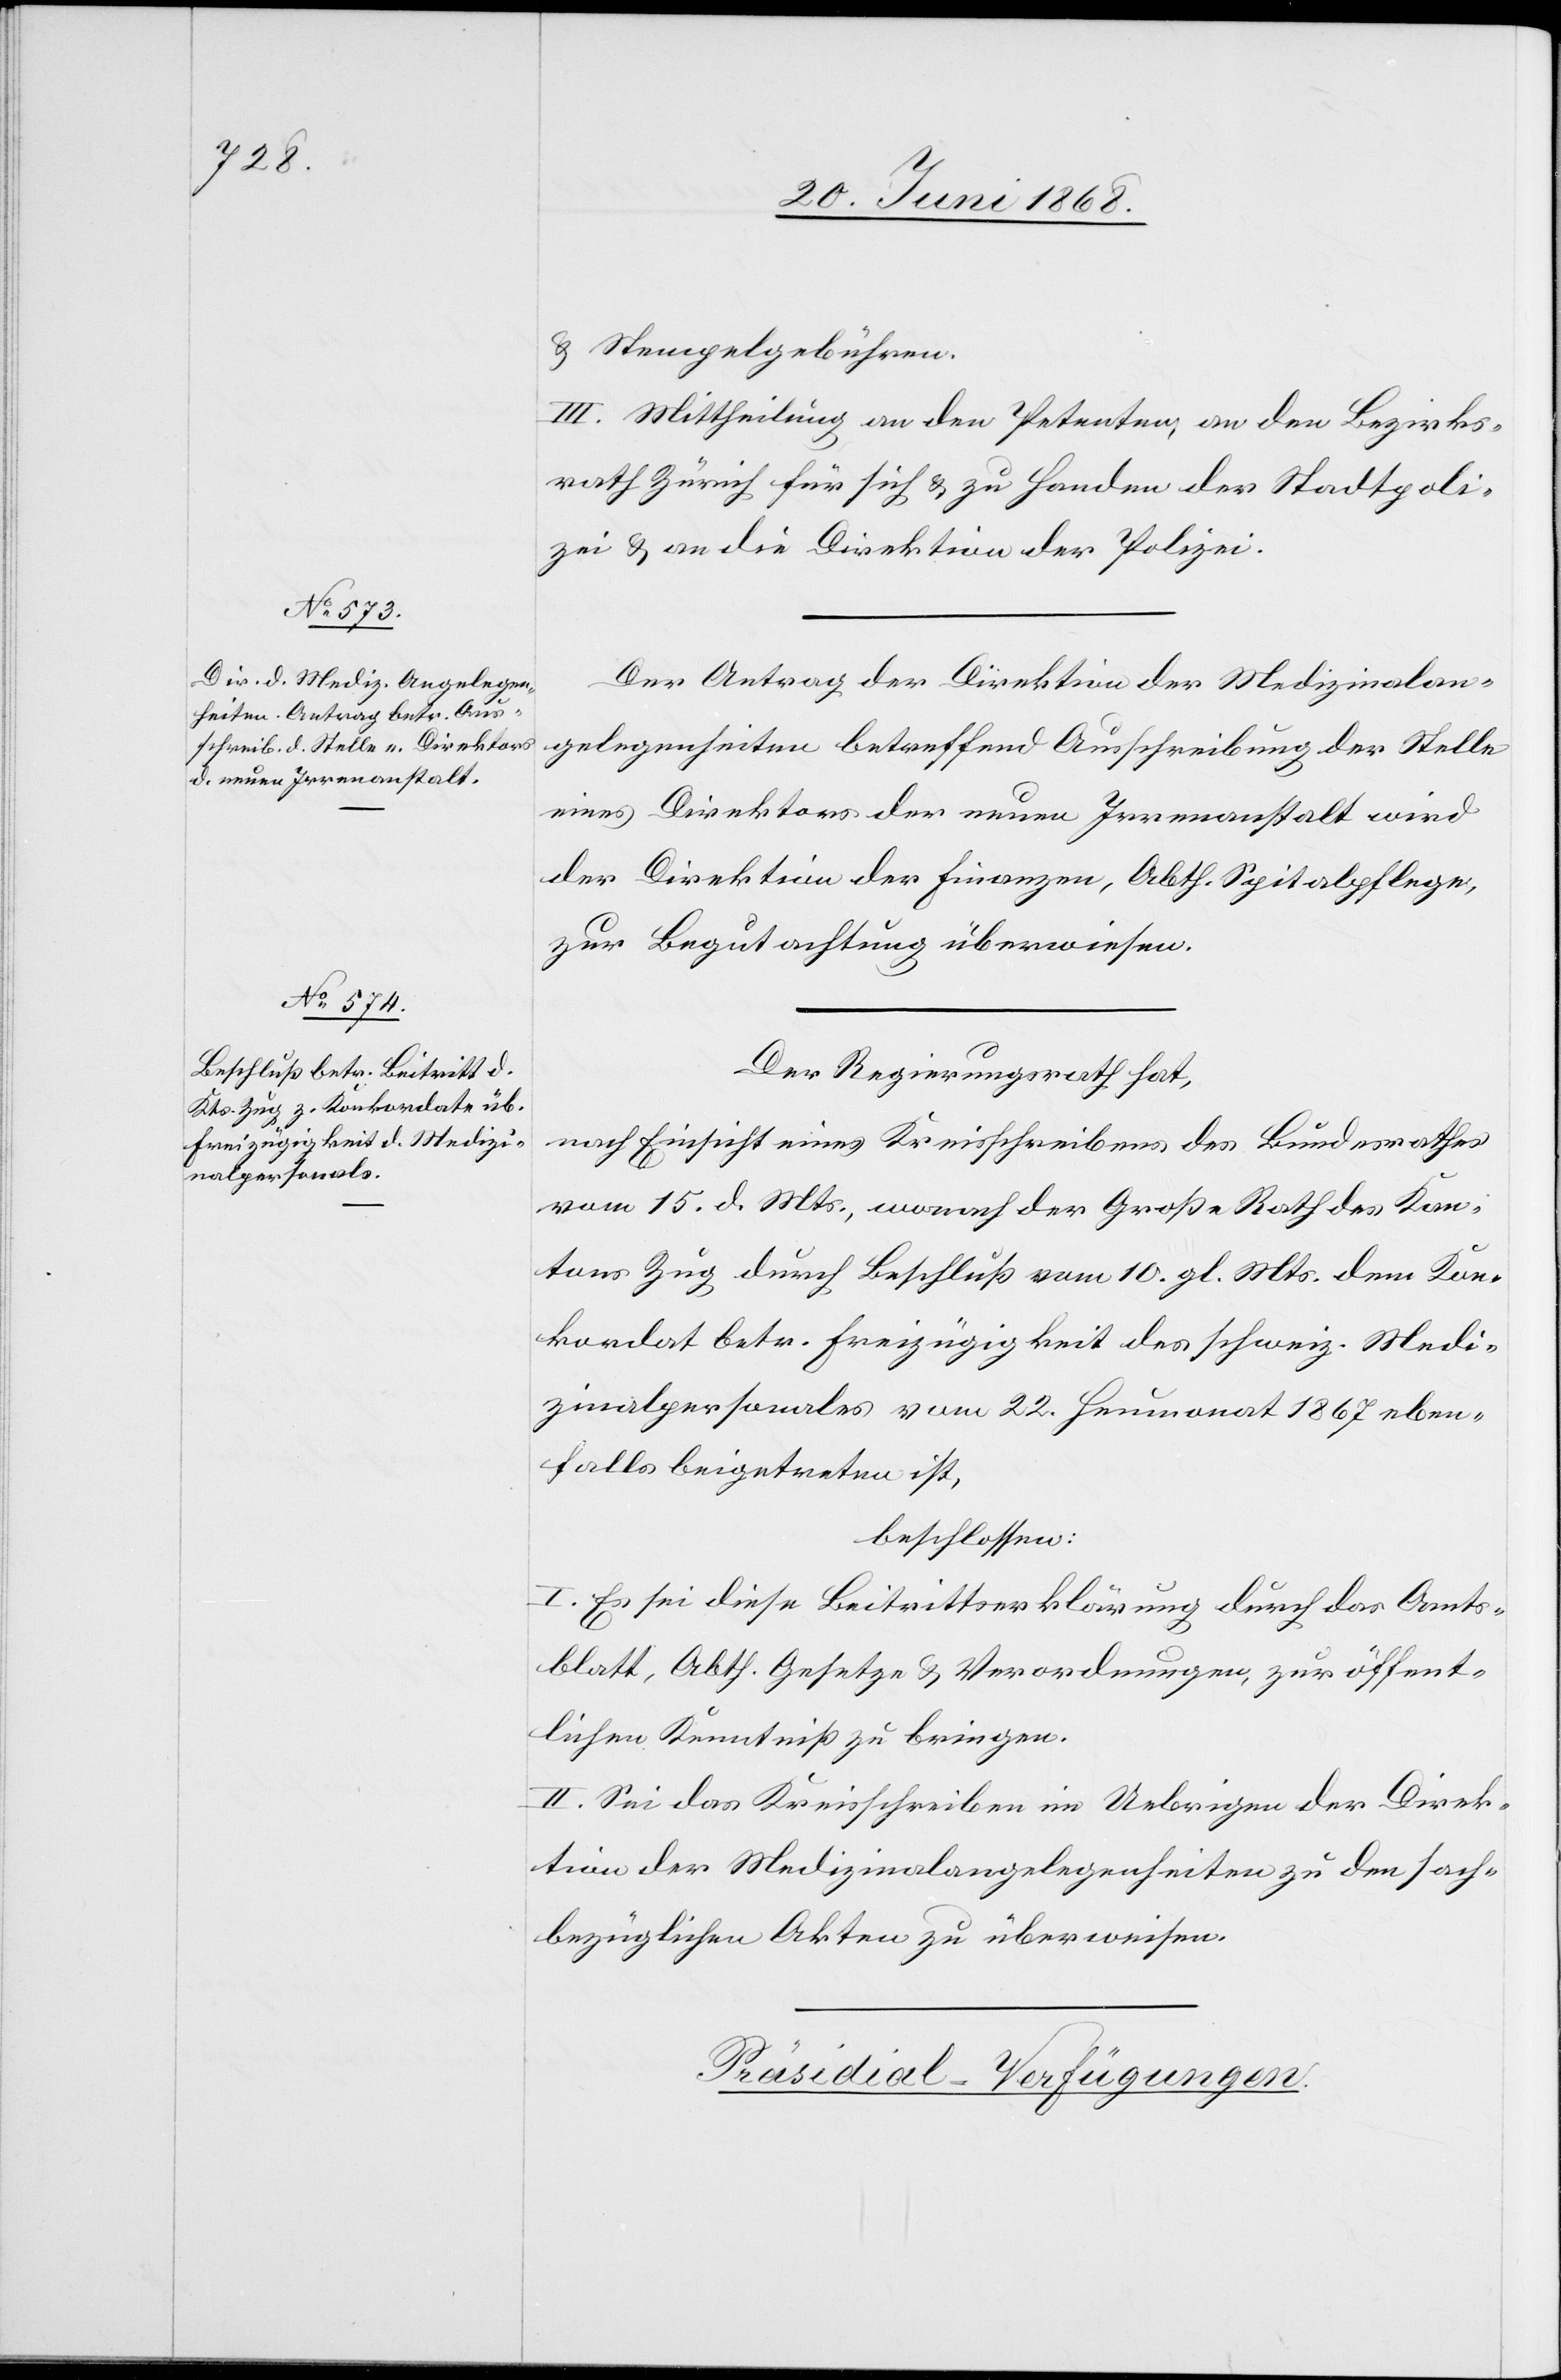
& Stempelgebühren.
III. Mittheilung an den Petenten, an den Bezirks¬
rath Zürich für sich & zu Handen der Stadtpoli¬
zei & an die Direktion der Polizei.
Der Antrag der Direktion der Medizinalan¬
gelegenheiten betreffend Ausschreibung der Stelle
eines Direktors der neuen Irrenanstalt wird
der Direktion der Finanzen, Abth. Spitalpflege,
zur Begutachtung überwiesen.
Der Regierungsrath hat,
nach Einsicht eines Kreisschreibens des Bundesrathes
vom 15. d. Mts., wonach der Große Rath des Kan¬
tons Zug durch Beschluß vom 10. gl. Mts. dem Kon¬
kordat betr. Freizügigkeit des schweiz. Medi¬
zinalpersonales vom 22. Heumonat 1867 eben¬
falls beigetreten ist,
beschlossen:
I. Es sei diese Beitrittserklärung durch das Amts¬
blatt, Abth. Gesetze & Verordnungen, zur öffent¬
lichen Kenntniß zu bringen.
II. Sei das Kreisschreiben im Uebrigen der Direk¬
tion der Medizinalangelegenheiten zu den sach¬
bezüglichen Akten zu überweisen.
Präsidial-Verfügungen.